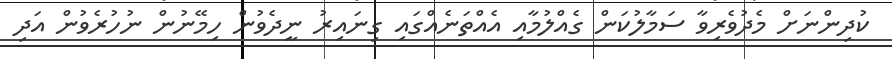
ކުދިންނަށް މެދުވެރިވާ ސަމާލުކަން ގެއްލުމާއި އެއްތަނެއްގައި ގިނައިރު ނީދެވުން ހިމޭނުން ނުހުރެވުން އަދި